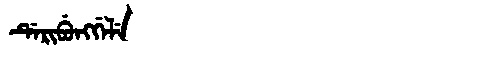
Manchu: ᡩᡝᡵᡳᠪᡠᠩᡤᡝᠯᡝ
Romanization: DERIBUNGGELE